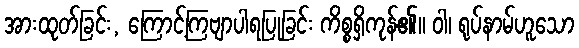
အားထုတ်ခြင်း, ကြောင့်ကြဗျာပါရပြုခြင်း ကိစ္စရှိကုန်၏။ ဝါ၊ ရုပ်နာမ်ဟူသော